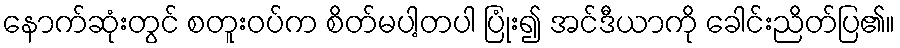
နောက်ဆုံးတွင် စတူးဝပ်က စိတ်မပါ့တပါ ပြုံး၍ အင်ဒီယာကို ခေါင်းညိတ်ပြ၏။